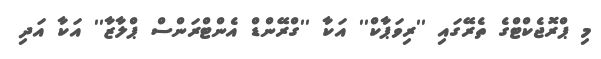
މި ޕްރޮޖެކްޓްގެ ތެރޭގައި ''ރިވަޕާކް'' އަކާ ''ގްރޭންޑް އެންޓްރަންސް ޕްލާޒާ'' އަކާ އަދި